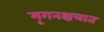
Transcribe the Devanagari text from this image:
मृगनक्षत्रात